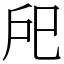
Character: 戺